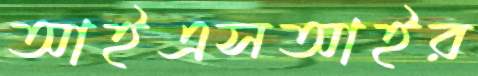
আইএসআইর